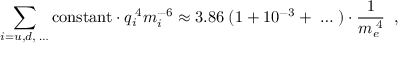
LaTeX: \sum _ { i = u , d , \; \dots } \mathrm { c o n s t a n t } \cdot q _ { i } ^ { \; 4 } m _ { i } ^ { - 6 } \approx 3 . 8 6 \; ( 1 + 1 0 ^ { - 3 } + \; \dots \; ) \cdot \frac { 1 } { m _ { e } ^ { \; 4 } } \; \; ,